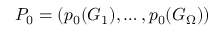
P _ { 0 } = ( p _ { 0 } ( G _ { 1 } ) , \dots , p _ { 0 } ( G _ { \Omega } ) )